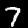
Digit: 7